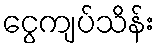
ငွေကျပ်သိန်း